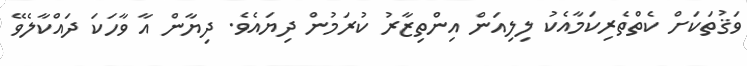
ވަޤުތަކަށް ކެތްތެރިކަމާއެކު ލިލިއަން އިންތިޒާރު ކުރަމުން ދިޔައެވެ. ދިޔާން އާ ވާހަކަ ދައްކާލެވޭ